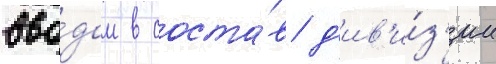
вво́дом в соста́в д'ив'и́з'ии